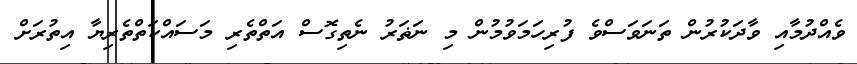
ވެއްދުމާއި ވާދަކުރުން ތަނަވަސްވެ ފުރިހަމަވުމުން މި ނަޡަރު ނެތިގޮސް އަތްތެރި މަސައްކަތްތެރިޔާ އިތުރަށް